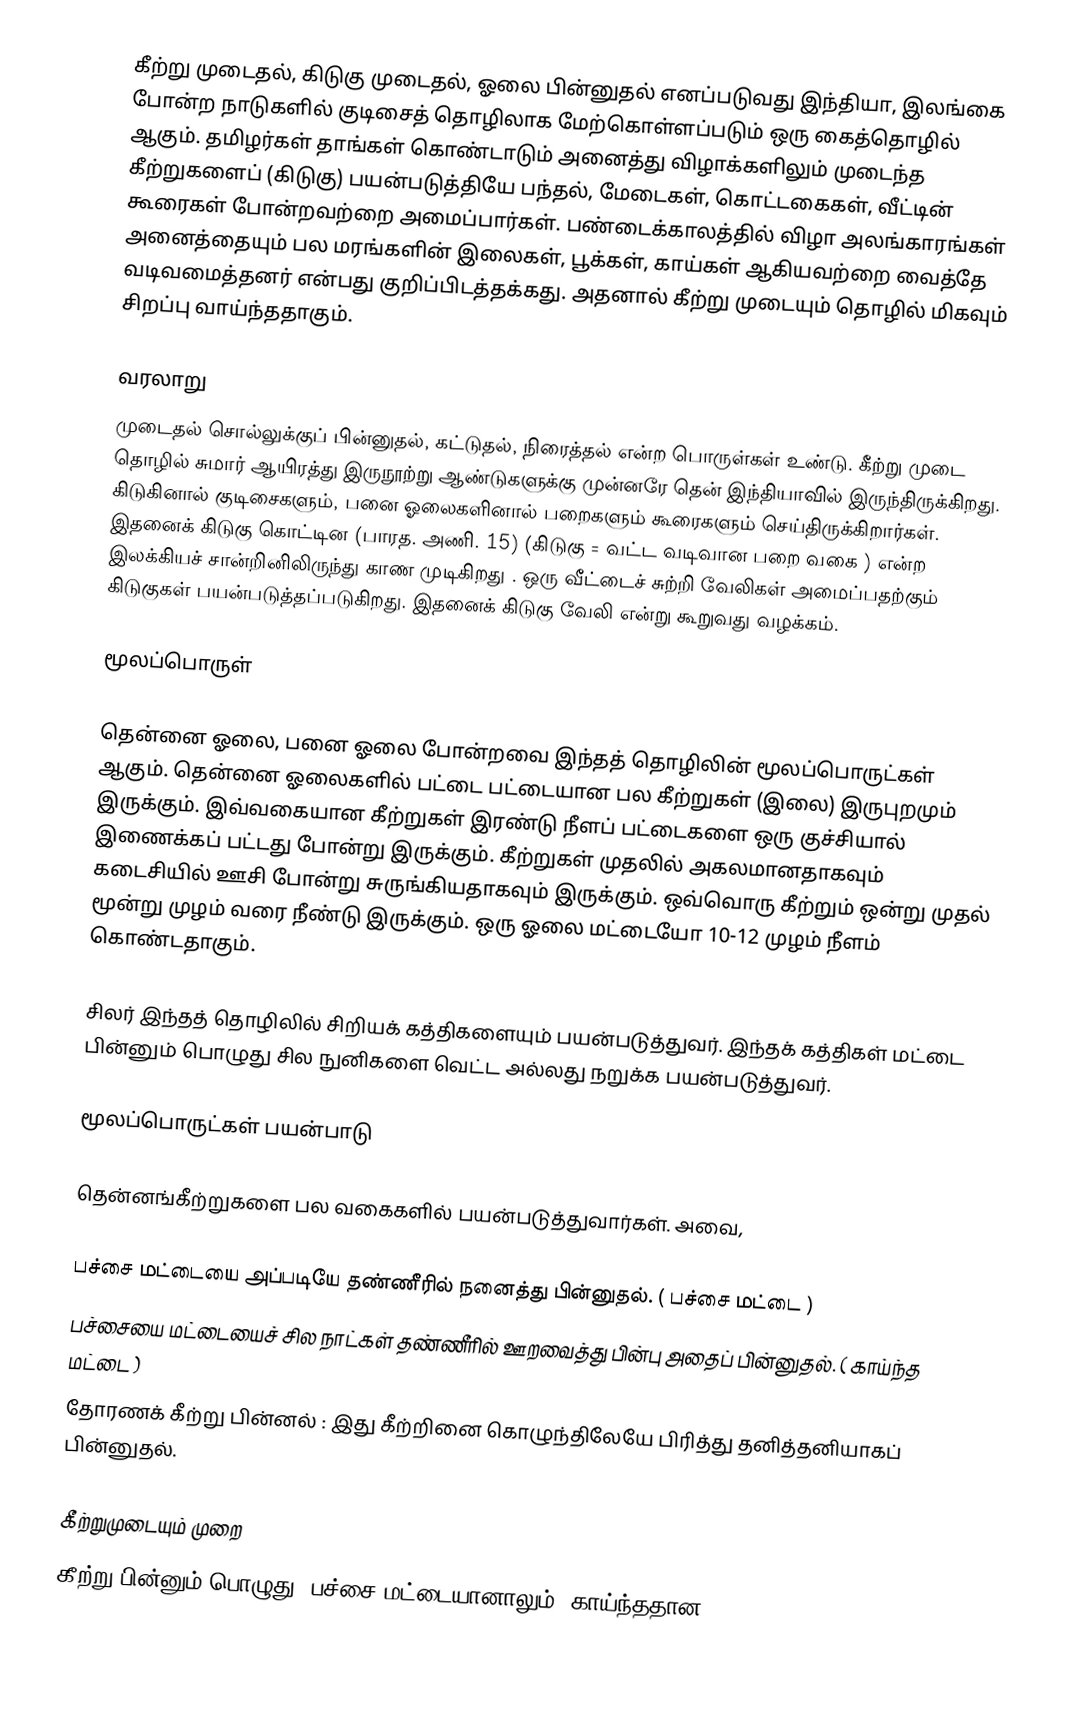
கீற்று முடைதல், கிடுகு முடைதல், ஓலை பின்னுதல் எனப்படுவது இந்தியா, இலங்கை போன்ற நாடுகளில் குடிசைத் தொழிலாக  மேற்கொள்ளப்படும் ஒரு கைத்தொழில் ஆகும். தமிழர்கள் தாங்கள் கொண்டாடும் அனைத்து விழாக்களிலும் முடைந்த கீற்றுகளைப் (கிடுகு) பயன்படுத்தியே பந்தல், மேடைகள், கொட்டகைகள், வீட்டின் கூரைகள் போன்றவற்றை அமைப்பார்கள். பண்டைக்காலத்தில் விழா அலங்காரங்கள் அனைத்தையும் பல மரங்களின் இலைகள், பூக்கள், காய்கள் ஆகியவற்றை வைத்தே வடிவமைத்தனர் என்பது குறிப்பிடத்தக்கது. அதனால் கீற்று முடையும் தொழில் மிகவும் சிறப்பு வாய்ந்ததாகும்.

வரலாறு
முடைதல் சொல்லுக்குப் பின்னுதல், கட்டுதல், நிரைத்தல் என்ற பொருள்கள் உண்டு. கீற்று முடை தொழில் சுமார் ஆயிரத்து இருநூற்று ஆண்டுகளுக்கு முன்னரே தென் இந்தியாவில் இருந்திருக்கிறது. கிடுகினால் குடிசைகளும், பனை ஓலைகளினால் பறைகளும் கூரைகளும் செய்திருக்கிறார்கள். இதனைக் கிடுகு கொட்டின (பாரத. அணி. 15) (கிடுகு = வட்ட வடிவான பறை வகை ) என்ற இலக்கியச் சான்றினிலிருந்து காண முடிகிறது  . ஒரு வீட்டைச் சுற்றி வேலிகள் அமைப்பதற்கும் கிடுகுகள் பயன்படுத்தப்படுகிறது. இதனைக் கிடுகு வேலி என்று கூறுவது வழக்கம்.

மூலப்பொருள்

தென்னை ஓலை, பனை ஓலை போன்றவை இந்தத் தொழிலின் மூலப்பொருட்கள் ஆகும். தென்னை ஓலைகளில் பட்டை பட்டையான பல கீற்றுகள் (இலை) இருபுறமும் இருக்கும். இவ்வகையான கீற்றுகள் இரண்டு நீளப் பட்டைகளை ஒரு குச்சியால் இணைக்கப் பட்டது போன்று இருக்கும்.  கீற்றுகள் முதலில் அகலமானதாகவும் கடைசியில் ஊசி போன்று சுருங்கியதாகவும் இருக்கும். ஒவ்வொரு கீற்றும் ஒன்று முதல் மூன்று முழம் வரை நீண்டு இருக்கும். ஒரு ஓலை மட்டையோ 10-12 முழம் நீளம் கொண்டதாகும்.

சிலர் இந்தத் தொழிலில் சிறியக் கத்திகளையும் பயன்படுத்துவர். இந்தக் கத்திகள் மட்டை பின்னும் பொழுது சில நுனிகளை வெட்ட அல்லது நறுக்க பயன்படுத்துவர்.

மூலப்பொருட்கள் பயன்பாடு

தென்னங்கீற்றுகளை பல வகைகளில் பயன்படுத்துவார்கள். அவை,

 பச்சை மட்டையை அப்படியே தண்ணீரில் நனைத்து பின்னுதல். ( பச்சை மட்டை )
 பச்சையை மட்டையைச் சில நாட்கள் தண்ணீரில் ஊறவைத்து பின்பு அதைப் பின்னுதல். ( காய்ந்த மட்டை )
 தோரணக் கீற்று பின்னல் : இது கீற்றினை கொழுந்திலேயே பிரித்து தனித்தனியாகப் பின்னுதல்.

கீற்றுமுடையும் முறை
கீற்று பின்னும் பொழுது, பச்சை மட்டையானாலும், காய்ந்ததான